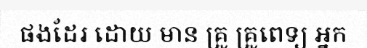
ផងដែរ ដោយ មាន គ្រូ គ្រូពេទ្យ អ្នក